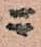
ニ